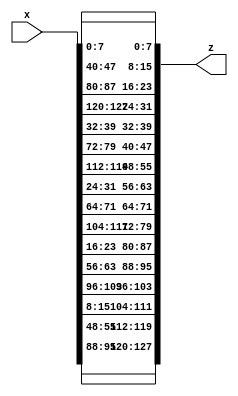
module ShiftRows(
x,
z);

	input [127:0] x;
	output [127:0] z;

  wire [127:0] xr;
  wire [127:0] zr;  

  generate
    genvar i;
    for (i = 0; i < 128; i = i + 1) begin:REV
      assign xr[127-i] = x[i];
      assign z[i] = zr[127-i];
    end
  endgenerate

	wire w0, w1, w2, w3, w4, w5, w6, w7, w8, w9, w10, w11, w12, w13, w14, w15, w16, w17, w18, w19, w20, w21, w22, w23, w24, w25, w26, w27, w28, w29, w30, w31, w32, w33, w34, w35, w36, w37, w38, w39, w40, w41, w42, w43, w44, w45, w46, w47, w48, w49, w50, w51, w52, w53, w54, w55, w56, w57, w58, w59, w60, w61, w62, w63, w64, w65, w66, w67, w68, w69, w70, w71, w72, w73, w74, w75, w76, w77, w78, w79, w80, w81, w82, w83, w84, w85, w86, w87, w88, w89, w90, w91, w92, w93, w94, w95, w96, w97, w98, w99, w100, w101, w102, w103, w104, w105, w106, w107, w108, w109, w110, w111, w112, w113, w114, w115, w116, w117, w118, w119, w120, w121, w122, w123, w124, w125, w126, w127, w128;

	assign {w0, w1, w2, w3, w4, w5, w6, w7, w8, w9, w10, w11, w12, w13, w14, w15, w16, w17, w18, w19, w20, w21, w22, w23, w24, w25, w26, w27, w28, w29, w30, w31, w32, w33, w34, w35, w36, w37, w38, w39, w40, w41, w42, w43, w44, w45, w46, w47, w48, w49, w50, w51, w52, w53, w54, w55, w56, w57, w58, w59, w60, w61, w62, w63, w64, w65, w66, w67, w68, w69, w70, w71, w72, w73, w74, w75, w76, w77, w78, w79, w80, w81, w82, w83, w84, w85, w86, w87, w88, w89, w90, w91, w92, w93, w94, w95, w96, w97, w98, w99, w100, w101, w102, w103, w104, w105, w106, w107, w108, w109, w110, w111, w112, w113, w114, w115, w116, w117, w118, w119, w120, w121, w122, w123, w124, w125, w126, w127} = xr;

	assign zr = {w0, w1, w2, w3, w4, w5, w6, w7, w40, w41, w42, w43, w44, w45, w46, w47, w80, w81, w82, w83, w84, w85, w86, w87, w120, w121, w122, w123, w124, w125, w126, w127, w32, w33, w34, w35, w36, w37, w38, w39, w72, w73, w74, w75, w76, w77, w78, w79, w112, w113, w114, w115, w116, w117, w118, w119, w24, w25, w26, w27, w28, w29, w30, w31, w64, w65, w66, w67, w68, w69, w70, w71, w104, w105, w106, w107, w108, w109, w110, w111, w16, w17, w18, w19, w20, w21, w22, w23, w56, w57, w58, w59, w60, w61, w62, w63, w96, w97, w98, w99, w100, w101, w102, w103, w8, w9, w10, w11, w12, w13, w14, w15, w48, w49, w50, w51, w52, w53, w54, w55, w88, w89, w90, w91, w92, w93, w94, w95};

endmodule